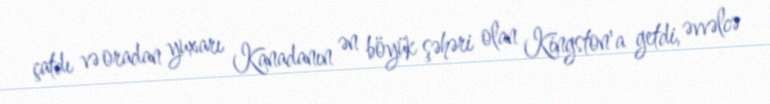
çatdı və oradan yuxarı Kanadanın ən böyük şəhəri olan Kingston'a getdi, əvvəlcə